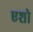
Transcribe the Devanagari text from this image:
एशो